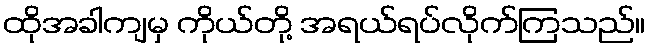
ထိုအခါကျမှ ကိုယ်တို့ အရယ်ရပ်လိုက်ကြသည်။